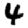
Digit: 4